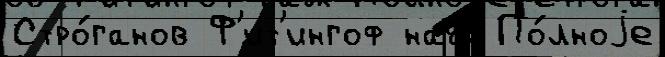
Стро́ганов Ф'ит'ингоф нау́к По́лноjе